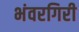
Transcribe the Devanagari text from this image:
भंवरगिरी